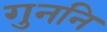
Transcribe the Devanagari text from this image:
गुननि